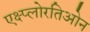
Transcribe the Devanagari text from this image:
एक्ष्प्लोरतिओन